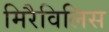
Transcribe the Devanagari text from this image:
मिरैविलिस